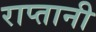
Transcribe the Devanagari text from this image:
राप्तानी